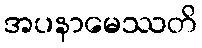
အပနာမေဿတိ